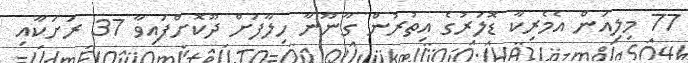
77 މިލިއަން އެމެރިކާ ޑޮލަރުގެ އިތުރުން ގާނޫނާ ހިލާފަށް ދޫކޮށްފައިވާ 37 ރަށަކާއި